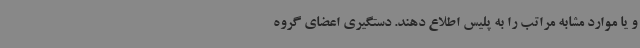
و یا موارد مشابه مراتب را به پلیس اطلاع دهند. دستگیری اعضای گروه